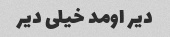
دیر اومد خیلی دیر